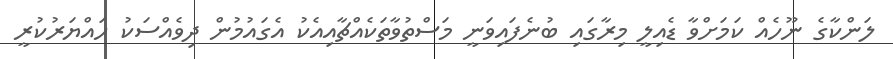
ލަންކާގެ ނޫހެއް ކަމަށްވާ ޑެއިލީ މިރާގައި ބުނެފައިވަނީ މަސްތުވާތަކެއްޗާއިއެކު އެގައުމުން ދިވެއްސަކު ހައްޔަރުކުރީ